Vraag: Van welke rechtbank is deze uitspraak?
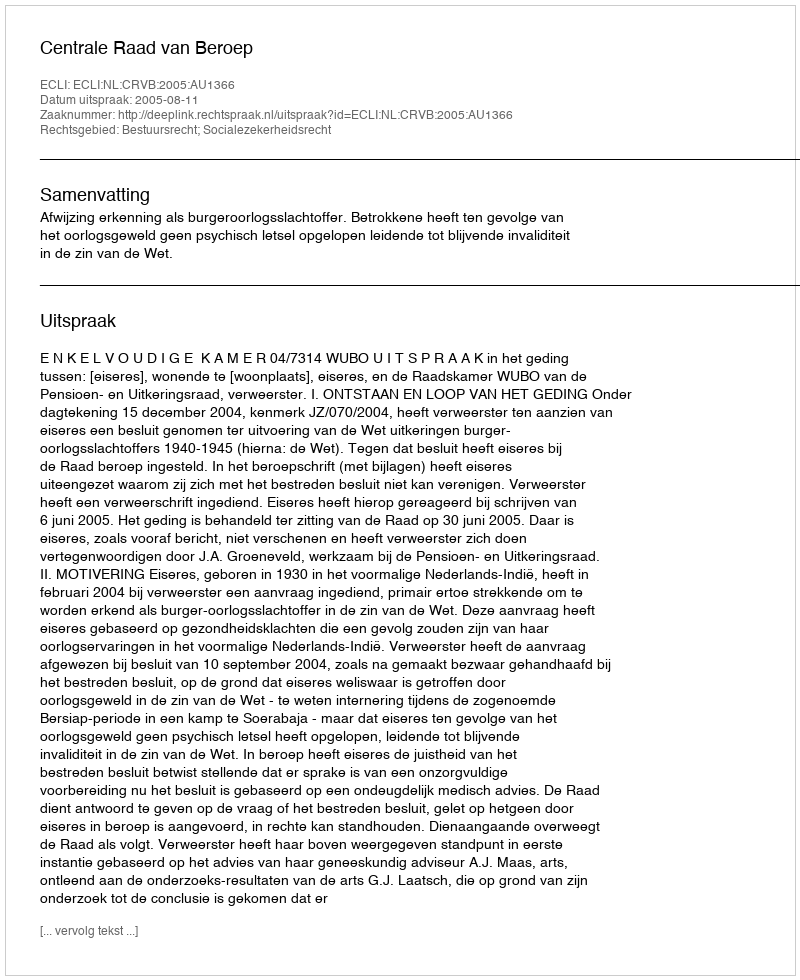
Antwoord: Centrale Raad van Beroep